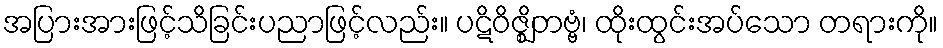
အပြားအားဖြင့်သိခြင်းပညာဖြင့်လည်း။ ပဋိဝိဇ္ဈိတဗ္ဗံ၊ ထိုးထွင်းအပ်သော တရားကို။